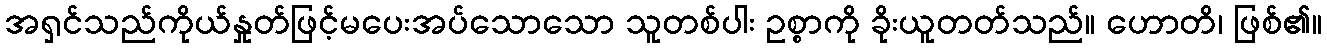
အရှင်သည်ကိုယ်နှုတ်ဖြင့်မပေးအပ်သောသော သူတစ်ပါး ဥစ္စာကို ခိုးယူတတ်သည်။ ဟောတိ၊ ဖြစ်၏။